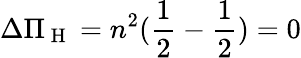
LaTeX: \Delta\Pi_{\mathrm{~H~}}=n^{2}(\frac{1}{2}-\frac{1}{2})=0